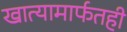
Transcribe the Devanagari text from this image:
खात्यामार्फतही